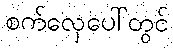
စက်လှေပေါ်တွင်